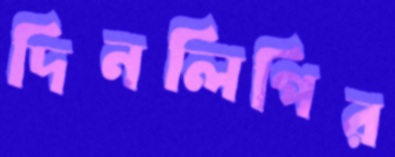
দিনলিপির